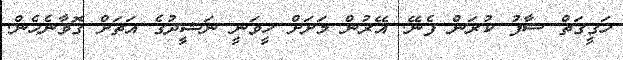
ހަގީގަތް ސާފު ކުރަން ފެނޭ. އޭރުން މަށަށް ހީވަނީ ނަޝީދުގެ އަތަށް ގޮވާނެހެން.